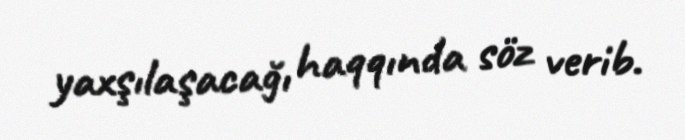
yaxşılaşacağı haqqında söz verib.